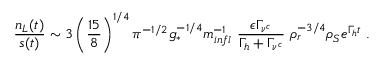
\frac { n _ { L } ( t ) } { s ( t ) } \sim 3 \left( \frac { 1 5 } { 8 } \right) ^ { 1 / 4 } \pi ^ { - 1 / 2 } g _ { * } ^ { - 1 / 4 } m _ { i n f l } ^ { - 1 } ~ \frac { \epsilon \Gamma _ { \nu ^ { c } } } { \Gamma _ { h } + \Gamma _ { \nu ^ { c } } } ~ \rho _ { r } ^ { - 3 / 4 } \rho _ { S } e ^ { \Gamma _ { h } t } ~ .